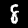
Digit: 8